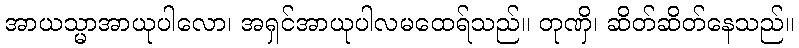
အာယသ္မာအာယုပါလော၊ အရှင်အာယုပါလမထေရ်သည်။ တုဏှိ၊ ဆိတ်ဆိတ်နေသည်။